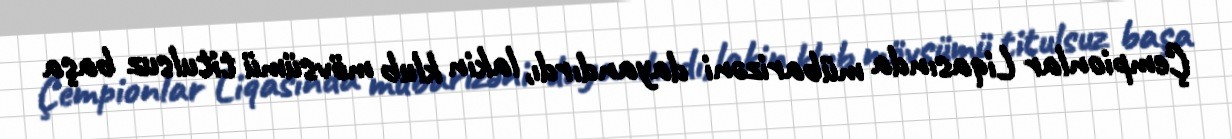
Çempionlar Liqasında mübarizəni dayandırdı, lakin klub mövsümü titulsuz başa